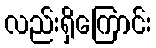
လည်းရှိကြောင်း